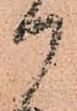
御